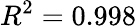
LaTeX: R^{2}=0.998